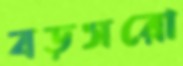
বড়সরো